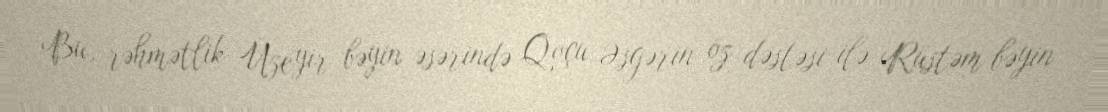
Bu, rəhmətlik Üzeyir bəyin əsərində Qoçu Əsgərin öz dəstəsi ilə Rüstəm bəyin